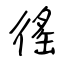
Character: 徭